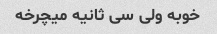
خوبه ولی سی ثانیه میچرخه